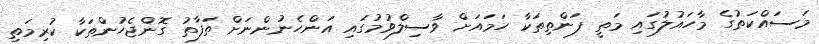
މަސައްކަތުގެ މާހައުލުގައި މަތީ ފަންތިތަކާ ހަމައަށް ވާސިލްވުމުގައި އަންހެނުންނަށް ތަފާތު ގޮންޖެހުންތަކާ ކުރިމަތި